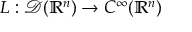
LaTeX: L : { \mathcal { D } } ( \mathbb { R } ^ { n } ) \to C ^ { \infty } ( \mathbb { R } ^ { n } )